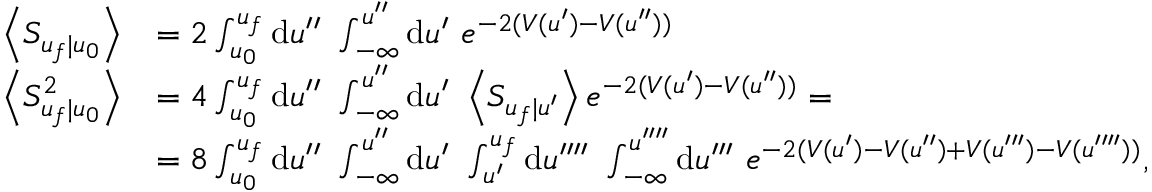
\begin{array} { r l } { \left\langle S _ { u _ { f } | u _ { 0 } } \right\rangle } & { = 2 \int _ { u _ { 0 } } ^ { u _ { f } } \mathrm { d } u ^ { \prime \prime } \ \int _ { - \infty } ^ { u ^ { \prime \prime } } \mathrm { d } u ^ { \prime } \ e ^ { - 2 ( V ( u ^ { \prime } ) - V ( u ^ { \prime \prime } ) ) } } \\ { \left\langle S _ { u _ { f } | u _ { 0 } } ^ { 2 } \right\rangle } & { = 4 \int _ { u _ { 0 } } ^ { u _ { f } } \mathrm { d } u ^ { \prime \prime } \ \int _ { - \infty } ^ { u ^ { \prime \prime } } \mathrm { d } u ^ { \prime } \ \left\langle S _ { u _ { f } | u ^ { \prime } } \right\rangle e ^ { - 2 ( V ( u ^ { \prime } ) - V ( u ^ { \prime \prime } ) ) } = } \\ & { = 8 \int _ { u _ { 0 } } ^ { u _ { f } } \mathrm { d } u ^ { \prime \prime } \ \int _ { - \infty } ^ { u ^ { \prime \prime } } \mathrm { d } u ^ { \prime } \ \int _ { u ^ { \prime } } ^ { u _ { f } } \mathrm { d } u ^ { \prime \prime \prime \prime } \ \int _ { - \infty } ^ { u ^ { \prime \prime \prime \prime } } \mathrm { d } u ^ { \prime \prime \prime } \ e ^ { - 2 ( V ( u ^ { \prime } ) - V ( u ^ { \prime \prime } ) + V ( u ^ { \prime \prime \prime } ) - V ( u ^ { \prime \prime \prime \prime } ) ) } , } \end{array}